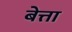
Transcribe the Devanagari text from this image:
बेत्ता